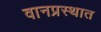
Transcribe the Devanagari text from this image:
वानप्रस्थात